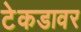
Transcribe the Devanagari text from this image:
टेकडावर